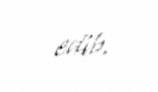
edib.